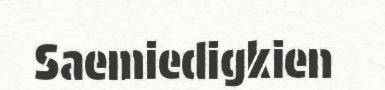
Saemiedigkien